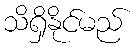
သိရှိနိုင်မည်